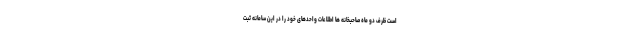
است ظرف دو ماه صاحبخانه ها اطلاعات واحدهای خود را در این سامانه ثبت